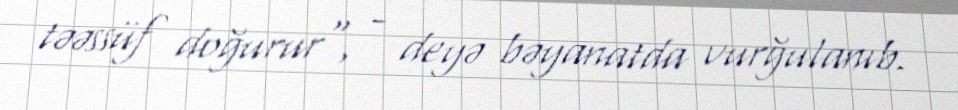
təəssüf doğurur", - deyə bəyanatda vurğulanıb.